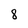
Character: 8